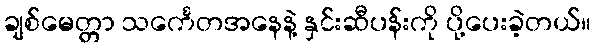
ချစ်မေတ္တာ သင်္ကေတအနေနဲ့ နှင်းဆီပန်းကို ပို့ပေးခဲ့တယ်။